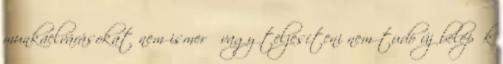
munkaelvárásokat nem ismerő vagy teljesíteni nem tudó új belépők